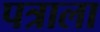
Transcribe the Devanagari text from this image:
पत्राला